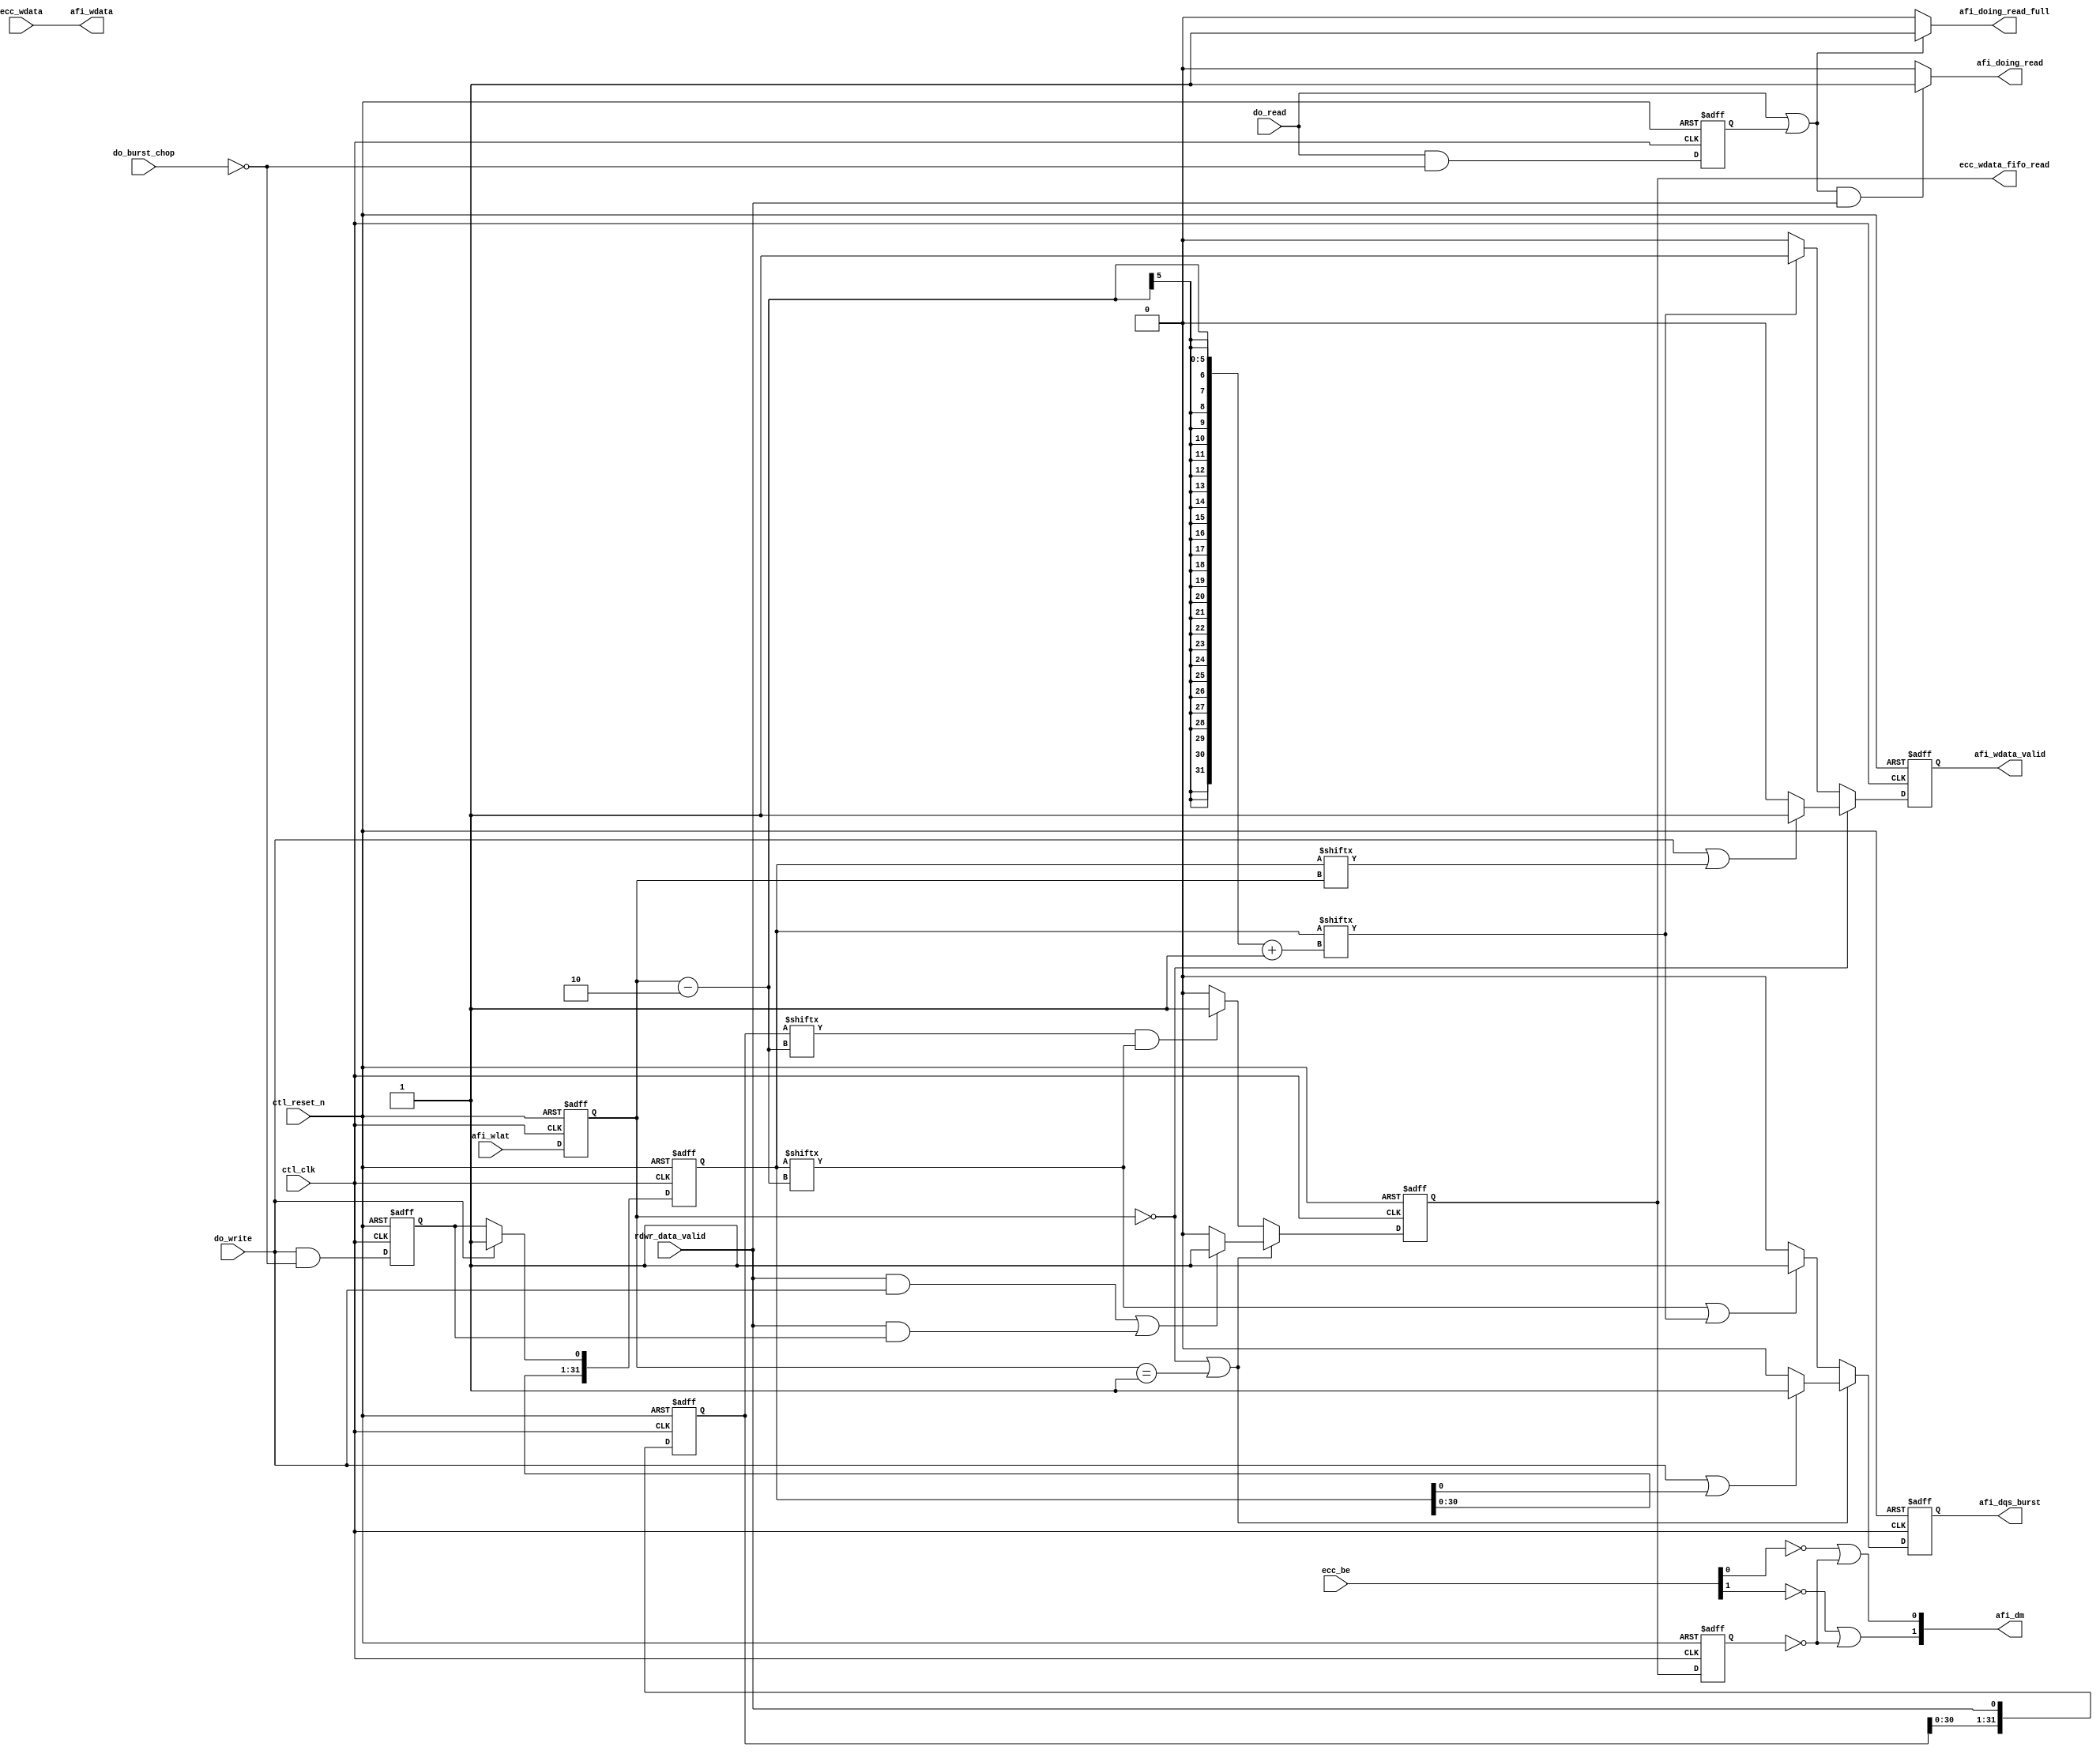
//Legal Notice: (C)2010 Altera Corporation. All rights reserved.  Your
//use of Altera Corporation's design tools, logic functions and other
//software and tools, and its AMPP partner logic functions, and any
//output files any of the foregoing (including device programming or
//simulation files), and any associated documentation or information are
//expressly subject to the terms and conditions of the Altera Program
//License Subscription Agreement or other applicable license agreement,
//including, without limitation, that your use is for the sole purpose
//of programming logic devices manufactured by Altera and sold by Altera
//or its authorized distributors.  Please refer to the applicable
//agreement for further details.

///////////////////////////////////////////////////////////////////////////////
// Title         : DDR controller AFi interfacing block
//
//
// Abstract      : AFi block
///////////////////////////////////////////////////////////////////////////////

`timescale 1 ps / 1 ps
module alt_ddrx_afi_block
    # (parameter
    
        DWIDTH_RATIO        =   2,
        MEM_IF_DQ_WIDTH     =   8,
        MEM_IF_DQS_WIDTH    =   1,
        MEM_IF_DM_WIDTH     =   1,
        CTL_ECC_ENABLED     =   0,
        CTL_OUTPUT_REGD     =   0,
        STATEMACHINE_TYPE   =   "TWO_CK",
        WLAT_BUS_WIDTH      =   5
    
    )
    (
    
        ctl_clk,
        ctl_reset_n,
        afi_wlat,
        
        // state machine command inputs
        do_write,
        do_read,
        do_burst_chop,
        rdwr_data_valid,
        
        ecc_wdata,
        ecc_be,
        
        // output from AFi block
        ecc_wdata_fifo_read,
        afi_dqs_burst,
        afi_wdata_valid,
        afi_wdata,
        afi_dm,
        afi_doing_read,
        afi_doing_read_full
    );
    
    input                           ctl_clk;
    input                           ctl_reset_n;
    input   [WLAT_BUS_WIDTH-1:0]    afi_wlat;
    
    localparam  WLAT_PIPE_LENGTH    =   2**WLAT_BUS_WIDTH;
    localparam  WLAT_SUBTRACT       =   (CTL_OUTPUT_REGD == 0) ? 2 : 1;
    
    // state machine command inputs
    input   do_write;
    input   do_read;
    input   do_burst_chop;
    input   rdwr_data_valid;
    
    input   [MEM_IF_DQ_WIDTH*DWIDTH_RATIO-1:0]      ecc_wdata;
    input   [(MEM_IF_DQ_WIDTH*DWIDTH_RATIO)/8-1:0]  ecc_be;
    
    // output from AFi block
    output  ecc_wdata_fifo_read;
    output  [MEM_IF_DQS_WIDTH*DWIDTH_RATIO/2-1:0]   afi_dqs_burst;
    output  [MEM_IF_DQS_WIDTH*DWIDTH_RATIO/2-1:0]   afi_wdata_valid;
    output  [MEM_IF_DQ_WIDTH*DWIDTH_RATIO-1:0]      afi_wdata;
    output  [MEM_IF_DM_WIDTH*DWIDTH_RATIO-1:0]      afi_dm;
    output  [MEM_IF_DQS_WIDTH*DWIDTH_RATIO/2-1:0]   afi_doing_read;
    output  [MEM_IF_DQS_WIDTH*DWIDTH_RATIO/2-1:0]   afi_doing_read_full;
    
    reg     [WLAT_BUS_WIDTH-1:0]    afi_wlat_r;
    
    wire    do_write;
    wire    do_read;
    wire    rdwr_data_valid;
    
    reg     ecc_wdata_fifo_read;
    wire    [MEM_IF_DQS_WIDTH*(DWIDTH_RATIO/2)-1:0] afi_dqs_burst;
    wire    [MEM_IF_DQS_WIDTH*(DWIDTH_RATIO/2)-1:0] afi_wdata_valid;
    wire    [MEM_IF_DQ_WIDTH*DWIDTH_RATIO-1:0]      afi_wdata;
    wire    [MEM_IF_DM_WIDTH*DWIDTH_RATIO-1:0]      afi_dm;
    wire    [MEM_IF_DQS_WIDTH*(DWIDTH_RATIO/2)-1:0] afi_doing_read;
    wire    [MEM_IF_DQS_WIDTH*(DWIDTH_RATIO/2)-1:0] afi_doing_read_full;
    
    reg     int_dqs_burst;
    reg     int_wdata_valid;
    reg     int_real_wdata_valid;
    reg     int_real_wdata_valid_r;
    wire    real_wdata_valid;
    
    reg     [WLAT_PIPE_LENGTH-1:0]  rdwr_data_valid_pipe;
    reg                             doing_write;
    reg     [1:0]                   doing_write_count;
    reg     [WLAT_PIPE_LENGTH-1:0]  doing_write_pipe;
    reg                             doing_read;
    reg                             doing_read_combi;
    reg                             doing_read_combi_full;
    reg     [1:0]                   doing_read_count;
    reg                             doing_read_r;
    reg                             doing_read_r_full;
    
    // reads and writes are word-aligned
    generate
        genvar I;
        for (I = 0; I < MEM_IF_DQS_WIDTH*(DWIDTH_RATIO/2); I = I + 1)
            begin : B
                assign afi_wdata_valid[I]   =   int_wdata_valid;
                assign afi_doing_read[I]    =   (CTL_OUTPUT_REGD == 1) ? doing_read_r : doing_read_combi;
                assign afi_doing_read_full[I]    =   (CTL_OUTPUT_REGD == 1) ? doing_read_r_full : doing_read_combi_full;
            end
    endgenerate
    
    // dqs_burst to AFI, in half rate one bus will start earlier than the other
    generate
        if (DWIDTH_RATIO == 2)
            begin
                genvar I;
                for (I = 0; I < MEM_IF_DQS_WIDTH; I = I + 1)
                    begin : C
                        assign afi_dqs_burst[I] = int_dqs_burst;
                    end
            end
        else
            begin
                reg     int_dqs_burst_hr;
                
                genvar I;
                for (I = 0; I < MEM_IF_DQS_WIDTH; I = I + 1)
                    begin : D
                        assign afi_dqs_burst[I + MEM_IF_DQS_WIDTH]  = int_dqs_burst;
                        assign afi_dqs_burst[I]                     = int_dqs_burst_hr;
                    end
    
                // signal is only used in half rate
                // dqs_burst bus in half rate is not identical
                // [0] need to be high first then [1], go low the same time
                always @(posedge ctl_clk, negedge ctl_reset_n)
                    begin
                        if (!ctl_reset_n)
                            int_dqs_burst_hr   <=  1'b0;
                        else
                            if (doing_write_pipe[afi_wlat_r-WLAT_SUBTRACT+1])
                                int_dqs_burst_hr <=  1'b1;
                            else
                                int_dqs_burst_hr <=  1'b0;
                    end
            end
    endgenerate
    
    // this is how we did it in the older controller
    // but enhanced for x4 mode where ecc_be is less wide than afi_dm
    generate
        if ((MEM_IF_DQ_WIDTH*DWIDTH_RATIO)/8 < MEM_IF_DM_WIDTH*DWIDTH_RATIO) // happens in x4 mode
            begin
                genvar J;
                for (J = 0; J < MEM_IF_DM_WIDTH*DWIDTH_RATIO; J = J + 1)
                    begin : E
                        if (J % 2 == 0) //even
                            assign afi_dm[J]    =   ~ecc_be[J/2] | ~real_wdata_valid;
                        else //odd
                            assign afi_dm[J]    =   ~ecc_be[(J-1)/2] | ~real_wdata_valid;
                    end
            end
        else
            begin
                genvar J;
                for (J = 0; J < MEM_IF_DM_WIDTH*DWIDTH_RATIO; J = J + 1)
                    begin : F
                        assign afi_dm[J]    =   ~ecc_be[J] | ~real_wdata_valid;
                    end
            end
    endgenerate
    
    // no data manipulation here
    assign  afi_wdata = ecc_wdata;
    
    // ECC support
    assign real_wdata_valid =   (CTL_ECC_ENABLED == 0) ? int_real_wdata_valid : int_real_wdata_valid_r;
    
    always @(posedge ctl_clk, negedge ctl_reset_n)
        begin
            if (!ctl_reset_n)
                afi_wlat_r  <=  0;
            else
                afi_wlat_r  <=  afi_wlat;
        end
    
    // generate doing read count for non-burst chop operation
    // four clock state machine has higher reset value
    generate
        if (STATEMACHINE_TYPE == "FOUR_CK")
            begin
                always @(posedge ctl_clk, negedge ctl_reset_n)
                    begin
                        if (!ctl_reset_n)
                            doing_read_count   <=  0;
                        else
                            if (do_read && !do_burst_chop)
                                doing_read_count   <=  1;
                            else if (doing_read_count == 2)
                                doing_read_count   <=  0;
                            else if (doing_read_count > 0)
                                doing_read_count   <=  doing_read_count + 1'b1;
                    end
                
                always @(posedge ctl_clk, negedge ctl_reset_n)
                    begin
                        if (!ctl_reset_n)
                            doing_read         <=  1'b0;
                        else
                            if (do_read)
                                doing_read         <=  1'b1;
                            else if (doing_read_count > 0)
                                doing_read         <=  1'b1;
                            else
                                doing_read         <=  1'b0;
                    end
            end
        else // STATEMACHINE_TYPE == "TWO_CK"
            begin
                always @(posedge ctl_clk, negedge ctl_reset_n)
                    begin
                        if (!ctl_reset_n)
                            doing_read    <= 1'b0;
                        else
                            doing_read    <= do_read & ~do_burst_chop;
                    end
            end
    endgenerate
    
    // almost phy output generated here
    // starts when there's a read and rdwr_data_valid
    // continue as long as doing read count or bchop read count is positive
    always @(*)
        begin
            if ((do_read || doing_read) && rdwr_data_valid)
                doing_read_combi        <=  1'b1;
            else
                doing_read_combi        <=  1'b0;
        end
    
    // SPR 341664, we need a full signal so that uniphy can capture read data properly
    always @(*)
        begin
            if (do_read || doing_read)
                doing_read_combi_full   <=  1'b1;
            else
                doing_read_combi_full   <=  1'b0;
        end
    
    // registered output
    always @(posedge ctl_clk, negedge ctl_reset_n)
        begin
            if (!ctl_reset_n)
                begin
                    doing_read_r    <=  1'b0;
                    doing_read_r_full   <=  1'b0;
                end
            else
                begin
                    doing_read_r    <=  doing_read_combi;
                    doing_read_r_full   <=  doing_read_combi_full;
                end
        end
    
    // doing write generation using do write and doing write count
    // doing write count starts everytime there's a write
    // in two-clock state machine doing write only needed to be high 1 clock cycle, anded with do write we'll get two
    // four-clock state machine, counter counts up to two, doing write high 3 clock cycles, and with do write we'll get four
    generate
        if (STATEMACHINE_TYPE == "FOUR_CK")
            begin
                always @(posedge ctl_clk, negedge ctl_reset_n)
                    begin
                        if (!ctl_reset_n)
                            doing_write_count   <=  0;
                        else
                            if (do_write && !do_burst_chop)
                                doing_write_count   <=  1;
                            else if (doing_write_count == 2)
                                doing_write_count   <=  0;
                            else if (doing_write_count > 0)
                                doing_write_count   <=  doing_write_count + 1'b1;
                    end
                
                always @(posedge ctl_clk, negedge ctl_reset_n)
                    begin
                        if (!ctl_reset_n)
                            doing_write         <=  1'b0;
                        else
                            if (do_write)
                                doing_write         <=  1'b1;
                            else if (doing_write_count > 0)
                                doing_write         <=  1'b1;
                            else
                                doing_write         <=  1'b0;
                    end
            end
        else // STATEMACHINE_TYPE == "TWO_CK"
            begin
                always @(posedge ctl_clk, negedge ctl_reset_n)
                    begin
                        if (!ctl_reset_n)
                            doing_write    <= 1'b0;
                        else
                            doing_write    <= do_write & ~do_burst_chop;
                    end
            end
    endgenerate
    
    // do_write is pushed into pipe
    // generated doing write is pushed after do_write
    // content of pipe shows how long dqs should toggle, used to generate dqs_burst
    always @(posedge ctl_clk, negedge ctl_reset_n)
        begin
            if (!ctl_reset_n)
                doing_write_pipe    <=  0;
            else
                if (do_write)
                    doing_write_pipe    <=  {doing_write_pipe[WLAT_PIPE_LENGTH-2:0],do_write};
                else
                    doing_write_pipe    <=  {doing_write_pipe[WLAT_PIPE_LENGTH-2:0],doing_write};
        end
    
    // rdwr_data_valid pushed into its pipe
    // content indicate which data should not be masked (valid) for reads and writes
    // used to generate ecc_wdata_fifo_read and wdata_valid
    always @(posedge ctl_clk, negedge ctl_reset_n)
        begin
            if (!ctl_reset_n)
                rdwr_data_valid_pipe    <=  0;
            else
                rdwr_data_valid_pipe    <=  {rdwr_data_valid_pipe[WLAT_PIPE_LENGTH-2:0],rdwr_data_valid};
        end
    
    generate
        if (CTL_ECC_ENABLED == 0)
            begin
                // signal to pull data out of wdata_fifo
                // high when we are in the burst (doing_write), and valid (rdwr_data_valid)
                always @(posedge ctl_clk, negedge ctl_reset_n)
                    begin
                        if (!ctl_reset_n)
                            ecc_wdata_fifo_read <=  1'b0;
                        else
                            if ((CTL_OUTPUT_REGD == 1 && afi_wlat_r == 0) || (CTL_OUTPUT_REGD == 0 && (afi_wlat_r == 0 || afi_wlat_r == 1)))
                                if ((rdwr_data_valid && do_write) || (rdwr_data_valid && doing_write))
                                    ecc_wdata_fifo_read <=  1'b1;
                                else
                                    ecc_wdata_fifo_read <=  1'b0;
                            else
                                if (rdwr_data_valid_pipe[afi_wlat_r-WLAT_SUBTRACT] && doing_write_pipe[afi_wlat_r-WLAT_SUBTRACT])
                                    ecc_wdata_fifo_read <=  1'b1;
                                else
                                    ecc_wdata_fifo_read <=  1'b0;
                    end
            end
        else // ecc case
            begin
                // signal to pull data out of wdata_fifo
                // high when we are in the burst (doing_write), and valid (rdwr_data_valid)
                always @(posedge ctl_clk, negedge ctl_reset_n)
                    begin
                        if (!ctl_reset_n)
                            ecc_wdata_fifo_read <=  1'b0;
                        else
                            if ((CTL_OUTPUT_REGD == 1 && (afi_wlat_r == 0 || afi_wlat_r == 1)) || (CTL_OUTPUT_REGD == 0 && (afi_wlat_r == 0 || afi_wlat_r == 1 || afi_wlat_r == 2)))
                                begin
                                    //if (afi_wlat_r == 0)
                                    //    begin
                                    //        $write($time);
                                    //        $write(" --- wlat zero not supported in ECC --- \n");
                                    //        $stop;
                                    //    end
                                    if ((rdwr_data_valid && do_write) || (rdwr_data_valid && doing_write))
                                        ecc_wdata_fifo_read <=  1'b1;
                                    else
                                        ecc_wdata_fifo_read <=  1'b0;
                                end
                            else
                                if (rdwr_data_valid_pipe[afi_wlat_r-WLAT_SUBTRACT-1] && doing_write_pipe[afi_wlat_r-WLAT_SUBTRACT-1])
                                    ecc_wdata_fifo_read <=  1'b1;
                                else
                                    ecc_wdata_fifo_read <=  1'b0;
                    end
            end
    endgenerate
    
    // data valid one clock cycle after read
    always @(posedge ctl_clk, negedge ctl_reset_n)
        begin
            if (!ctl_reset_n)
                int_real_wdata_valid <=  1'b0;
            else
                int_real_wdata_valid <=  ecc_wdata_fifo_read;
        end
    
    // for ECC, data valid two clock cycles later
    always @(posedge ctl_clk, negedge ctl_reset_n)
        begin
            if (!ctl_reset_n)
                int_real_wdata_valid_r   <=  1'b0;
            else
                int_real_wdata_valid_r   <=  int_real_wdata_valid;
        end
    
    // SPR: 313227
    always @(posedge ctl_clk, negedge ctl_reset_n)
        begin
            if (!ctl_reset_n)
                int_wdata_valid   <=  1'b0;
            else
                if (CTL_OUTPUT_REGD == 0 && afi_wlat_r == 0)
                    if (do_write || doing_write_pipe[afi_wlat_r])
                        int_wdata_valid <=  1'b1;
                    else
                        int_wdata_valid <=  1'b0;
                else
                    if (doing_write_pipe[afi_wlat_r-WLAT_SUBTRACT+1])
                        int_wdata_valid <=  1'b1;
                    else
                        int_wdata_valid <=  1'b0;
        end
    
    // high earlier than wdata_valid but ends the same
    // for writes only, where dqs should toggle, use doing_write_pipe
    always @(posedge ctl_clk, negedge ctl_reset_n)
        begin
            if (!ctl_reset_n)
                int_dqs_burst   <=  1'b0;
            else
                if ((CTL_OUTPUT_REGD == 1 && afi_wlat_r == 0) || (CTL_OUTPUT_REGD == 0 && (afi_wlat_r == 0 || afi_wlat_r == 1)))
                    if (do_write || doing_write_pipe[0])
                        int_dqs_burst <=  1'b1;
                    else
                        int_dqs_burst <=  1'b0;
                else
                    if (doing_write_pipe[afi_wlat_r-WLAT_SUBTRACT] || doing_write_pipe[afi_wlat_r-WLAT_SUBTRACT+1])
                        int_dqs_burst <=  1'b1;
                    else
                        int_dqs_burst <=  1'b0;
        end

endmodule